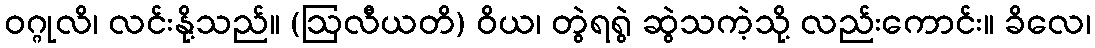
ဝဂ္ဂုလိ၊ လင်းနို့သည်။ (ဩလီယတိ) ဝိယ၊ တွဲရရွဲ ဆွဲသကဲ့သို့ လည်းကောင်း။ ခိလေ၊